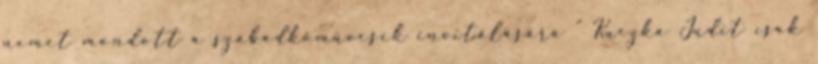
nemet mondott a szabadkőművesek in­vitálásá­ra ” Kuczka Judit csak